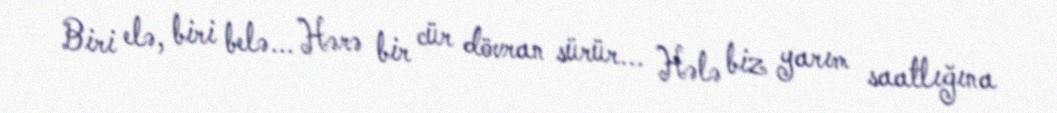
Biri elə, biri belə... Hərə bir cür dövran sürür... Hələ biz yarım saatlığına